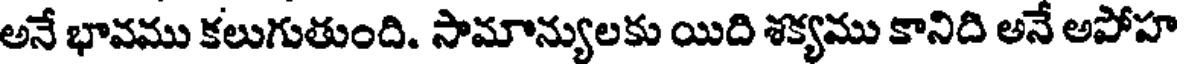
అనే భావము కలుగుతుంది. సామాన్యులకు యిది శక్యము కానిది అనే అపోహ